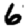
Digit: 6